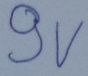
Text: 9V